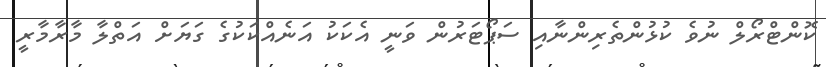
ކޮންޓްރޯލް ނުވެ ކުޅުންތެރިންނާއި ސަޕޯޓަރުން ވަނީ އެކަކު އަނެއްކަކުގެ ގަޔަށް އަތްލާ މާރާމާރީ